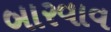
બારવાવ